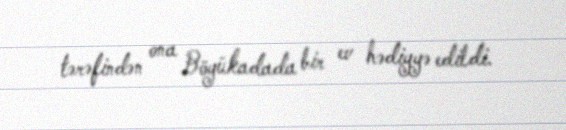
tərəfindən ona Böyükadada bir ev hədiyyə edildi.